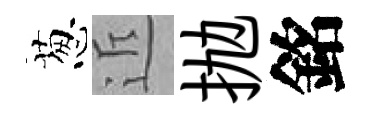
葱近抛銘